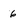
Character: 6